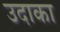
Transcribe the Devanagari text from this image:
उदाका